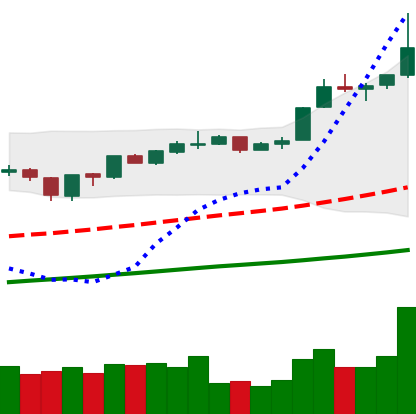
Ticker: ETH-USD
Chart end date: 2019-06-26
Forward return: -12.802%
Label: down_7plus